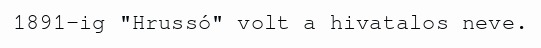
1891-ig "Hrussó" volt a hivatalos neve.